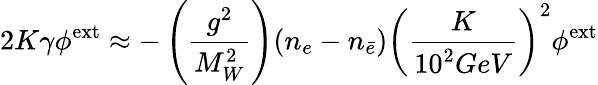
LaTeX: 2K\gamma\phi^{\mathrm{ext}}\approx-\left(\frac{g^{2}}{M_{W}^{2}}\right)(n_{e}-n_{\bar{e}})\left(\frac{K}{10^{2}GeV}\right)^{2}\phi^{\mathrm{ext}}